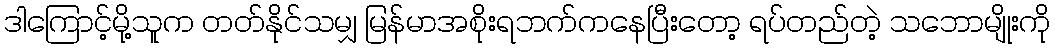
ဒါကြောင့်မို့သူက တတ်နိုင်သမျှ မြန်မာအစိုးရဘက်ကနေပြီးတော့ ရပ်တည်တဲ့ သဘောမျိုးကို